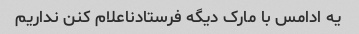
یه ادامس با مارک دیگه فرستادناعلام کنن نداریم